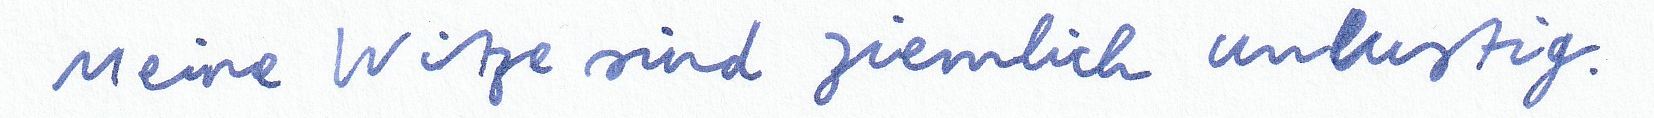
Meine Witze sind ziemlich unlustig.